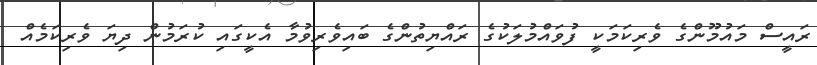
ރައީސް މައުމޫންގެ ވެރިކަމަކީ ފުވައްމުލަކުގެ ރައްޔިތުންގެ ބައިވެރިވުމާ އެކީގައި ކުރަމުން ދިޔަ ވެރިކަމެއް